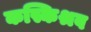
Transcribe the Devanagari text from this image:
कस्किश्रव